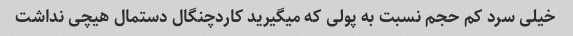
خیلی سرد کم حجم نسبت به پولی که میگیرید کاردچنگال دستمال هیچی نداشت